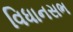
વિધાનસભ